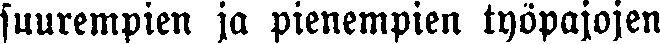
suurempien ja pienempien työpajojen